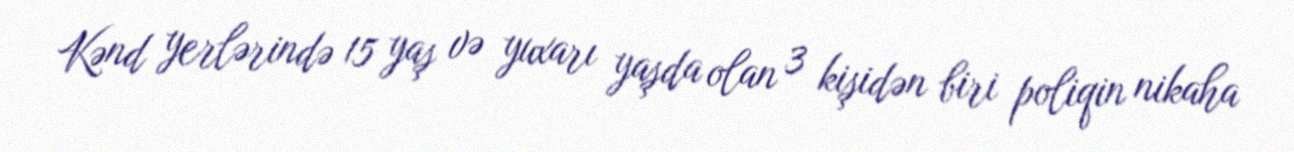
Kənd yerlərində 15 yaş və yuxarı yaşda olan 3 kişidən biri poliqin nikaha